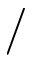
/